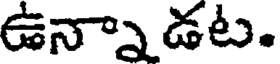
ఉన్నాడట.